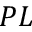
P L